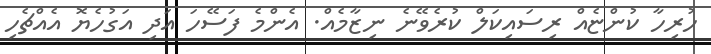
ހުރިހާ ކުންޏެއް ރިސައިކަލް ކުރެވޭނެ ނިޒާމެއް. އެންމެ ފަސޭހަ އަދި އަގުހެޔޮ އެއްޗެހި